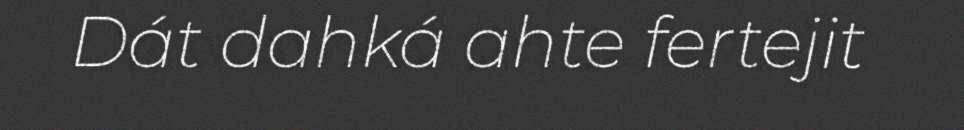
Dát dahká ahte fertejit